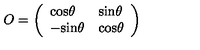
O = \left( \begin{array} { l l } { \mathrm { c o s } \theta } & { \mathrm { s i n } \theta } \\ { - \mathrm { s i n } \theta } & { \mathrm { c o s } \theta } \\ \end{array} \right)